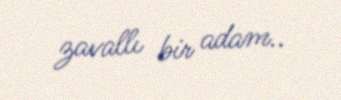
zavallı bir adam..